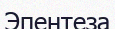
Эпентеза